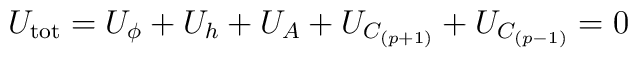
U_{\rm tot} = U_\phi +U_h +U_A +U_{C_{(p+1)}}+ U_{C_{(p-1)}} = 0